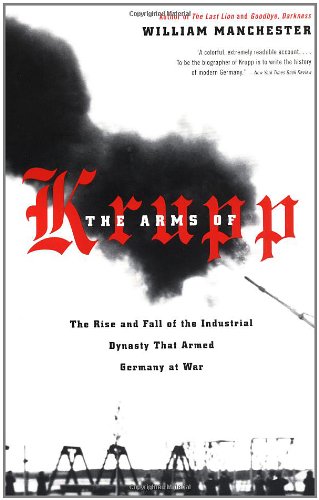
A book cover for The Arms of Krupp: The Rise and Fall of the Industrial Dynasty That Armed Germany at War; William Manchester; History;